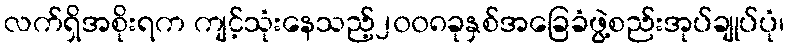
လက်ရှိအစိုးရက ကျင့်သုံးနေသည့်၂၀၀၈ခုနှစ်အခြေခံဖွဲ့စည်းအုပ်ချုပ်ပုံ၊